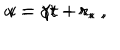
u = \gamma t - r _ { \ast } \: , \hspace { 1 c m } v = \gamma t + r _ { \ast } \: ,